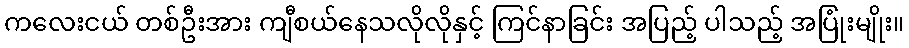
ကလေးငယ် တစ်ဦးအား ကျီစယ်နေသလိုလိုနှင့် ကြင်နာခြင်း အပြည့် ပါသည့် အပြုံးမျိုး။